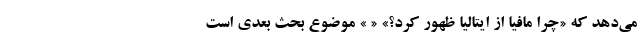
می‌دهد که «چرا مافیا از ایتالیا ظهور کرد؟» « » موضوع بحث بعدی است